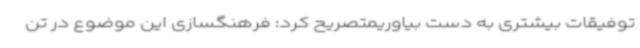
توفیقات بیشتری به دست بیاوریمتصریح کرد: فرهنگسازی این موضوع در تن